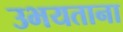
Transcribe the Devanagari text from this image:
उभयताना